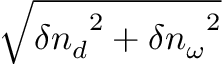
\sqrt { { \delta n _ { d } } ^ { 2 } + { \delta n _ { \omega } } ^ { 2 } }